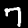
Digit: 7